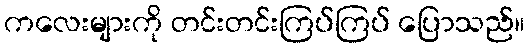
ကလေးများကို တင်းတင်းကြပ်ကြပ် ပြောသည်။